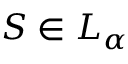
S \in L _ { \alpha }